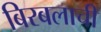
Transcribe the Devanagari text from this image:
बिरबलाची